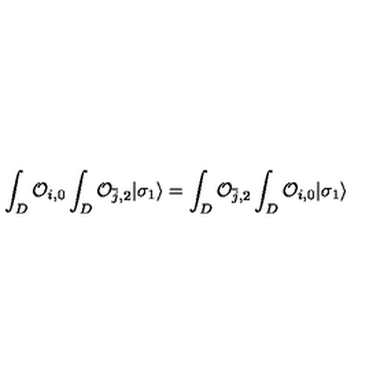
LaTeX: \int _ { D } { \cal O } _ { i , 0 } \int _ { D } { \cal O } _ { { \bar { j } } , 2 } | \sigma _ { 1 } \rangle = \int _ { D } { \cal O } _ { { \bar { j } } , 2 } \int _ { D } { \cal O } _ { i , 0 } | \sigma _ { 1 } \rangle \,